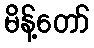
မိန့်တော်